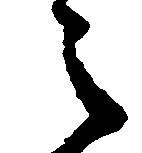
之